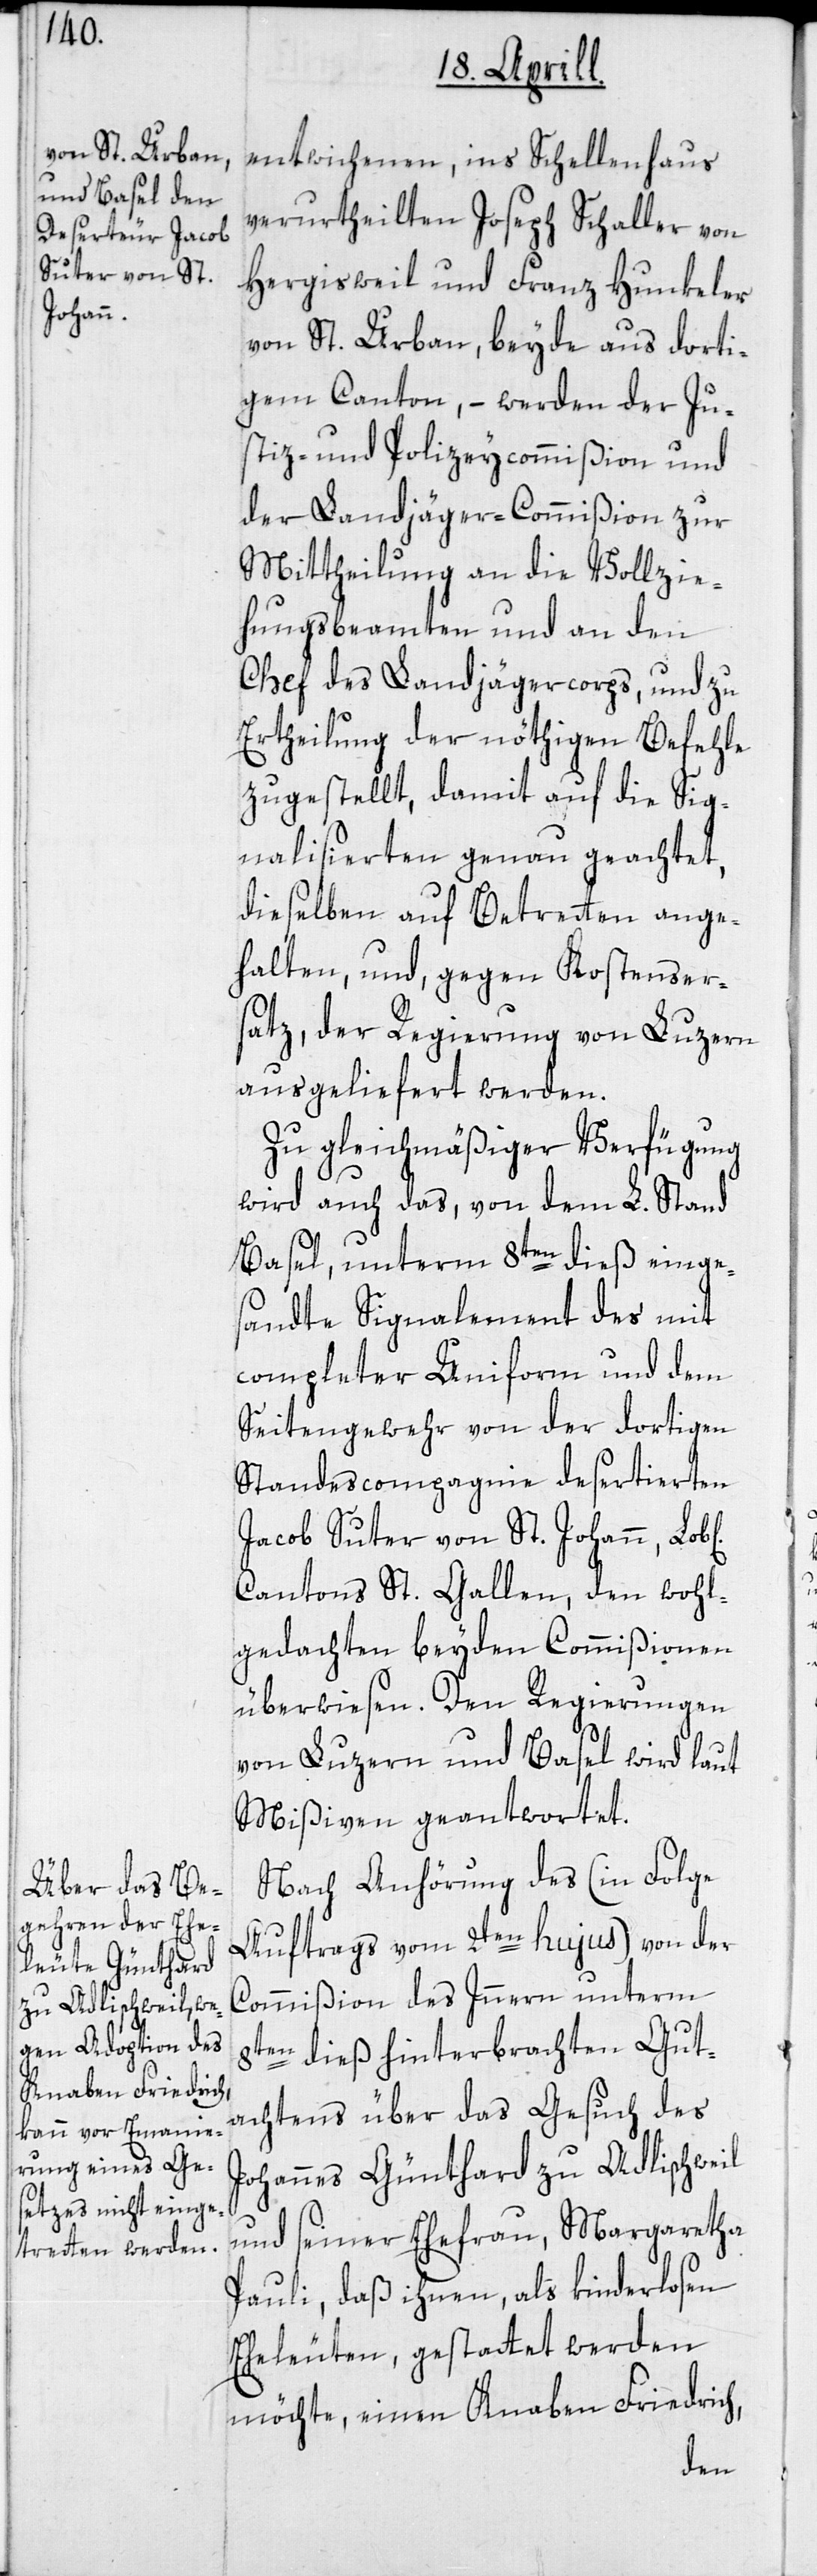
ichen]

entwichenen, ins Schellenhaus
verurtheilten Joseph Schaller von
Hergisweil und Franz Hunkeler
von St. Urban, beyde aus dorti¬
gem Canton, – werden der Ju¬
stiz- und Polizeycommißion und
der Landjäger-Commißion zur
Mittheilung an die Vollzie¬
hungsbeamten und an den
Chef des Landjägercorps, und zu
Ertheilung der nöthigen Befehle
zugestellt, damit auf die Sig¬
nalisierten genau geachtet,
dieselben auf Betretten ange¬
halten, und, gegen Kostenser¬
satz, der Regierung von Luzern
ausgeliefert werden.
Zu gleichmäßiger Verfügung
wird auch das, von dem L. Stand
Basel, unterm 8ten dieß einges¬
andte Signalement des mit
completer Uniform und dem
Seitengewehr von der dortigen
Standescompagnie desertierten
Jacob Suter von St. Johann, Lob[l¬
Cantons St. Gallen, den wohl¬
gedachten beyden Commißionen
überwiesen. Den Regierungen
von Luzern und Basel wird laut
Mißiven geantwortet.
Nach Anhörung des (in Folge
Auftrags vom 2ten hujus) von der
Commißion des Innern unterm
8ten dieß hinterbrachten Gut¬
achtens über das Gesuch des
Johannes Günthard zu Adlischweil
und seiner Ehefrau, Margaretha
Pauli, daß ihnen, als kinderlosen
Eheleuten, gestattet werden
möchte, einen Knaben Friedrich,